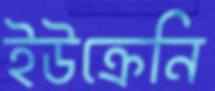
ইউক্রেনি